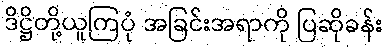
ဒိဋ္ဌိတို့ယူကြပုံ အခြင်းအရာကို ပြဆိုခန်း